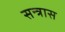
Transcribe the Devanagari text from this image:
सन्त्रास